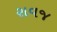
સવજ